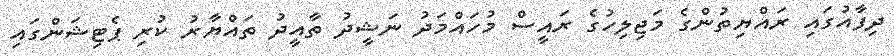
ދިފާއުގައި ރައްޔިތުންގެ މަޖިލިހުގެ ރައީސް މުހައްމަދު ނަޝީދު ތާއީދު ތައްޔާރު ކުރި ޕެޓިޝަންގައި